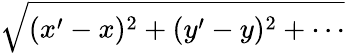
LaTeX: \sqrt{(x^{\prime}-x)^{2}+(y^{\prime}-y)^{2}+\cdots}